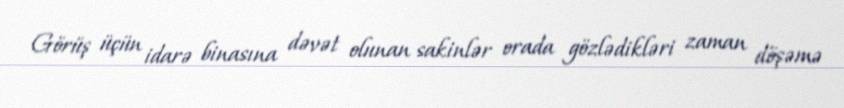
Görüş üçün idarə binasına dəvət olunan sakinlər orada gözlədikləri zaman döşəmə